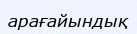
арағайындық